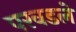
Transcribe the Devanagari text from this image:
परवडले